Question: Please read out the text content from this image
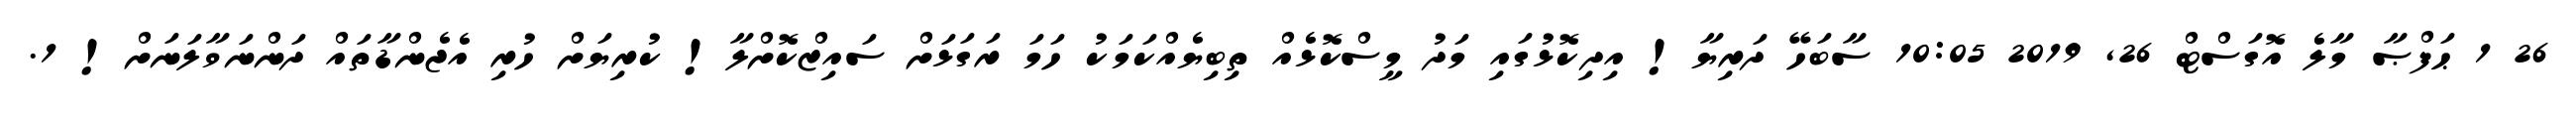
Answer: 26 1 ޙަފްޞާ މާލެ އޮގަސްޓް 26, 2019 10:05 ސާބަހޭ ދަރިޔާ! އިދިކޮޅުގައި މަދު މީސްކޮޅެއް ތިބިޔެއްކަމަކު ހަމަ ރަގަޅަށް ސައިޒްކޮށްލާ! ކުރިޔަށް ހުރި އެޖެންޑާތައް ދަންނަވާލަނަށް! 1.